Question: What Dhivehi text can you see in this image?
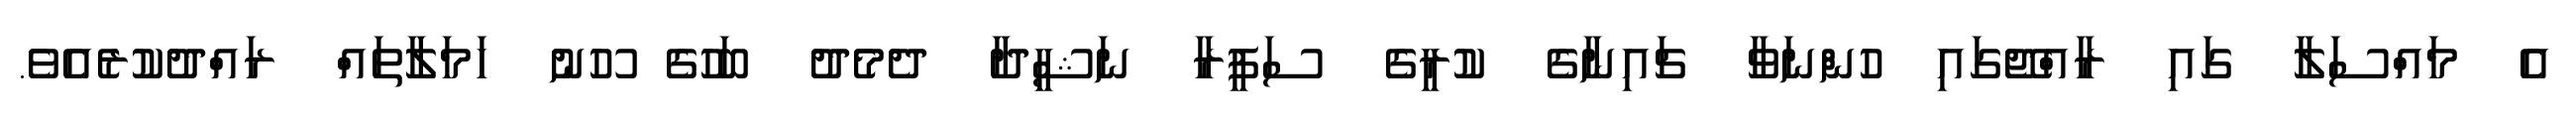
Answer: އެ މައްސަލާ ގައި ރާއްޖޭގައި ހުންނަވާ ޗައިނާގެ ކުރީގެ ސަފީރާ ނަޝީދާ ދެމެދު ބަހުގެ ހޫނު ހަމަލާތައް ރައްދުކުރެއެވެ.